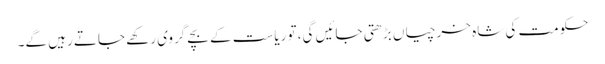
حکومت کی شاہ خرچیاں بڑھتی جائیں گی، تو ریاست کے بچے گروی رکھے جاتے رہیں گے۔